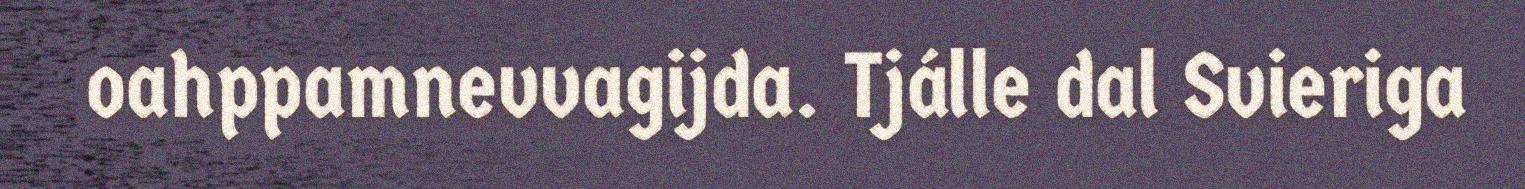
oahppamnevvagijda. Tjálle dal Svieriga